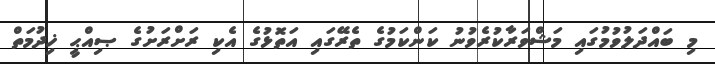
މި ބައްދަލުވުމުގައި މަޝްވަރާކުރެވުނު ކަންކަމުގެ ތެރޭގައި އަތޮޅުގެ އެކި ރަށްރަށުގެ ޞިއްޙީ ޚިދުމަތް